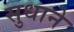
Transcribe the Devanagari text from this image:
सुधाने